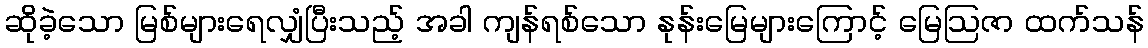
ဆိုခဲ့သော မြစ်များရေလျှံပြီးသည့် အခါ ကျန်ရစ်သော နုန်းမြေများကြောင့် မြေဩဇာ ထက်သန်